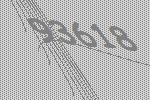
93618